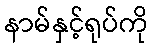
နာမ်နှင့်ရုပ်ကို